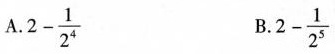
A.$$2 - \frac { 1 } { 2 ^ { 4 } }$$ B.$$2 - \frac { 1 } { 2 ^ { 5 } }$$